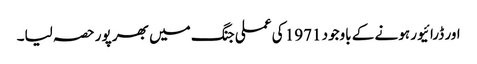
اور ڈرائیور ہونے کے باوجود 1971 کی عملی جنگ میں بھر پور حصہ لیا۔